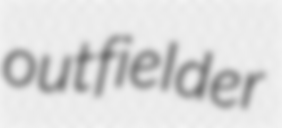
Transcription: outfielder